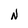
Character: N